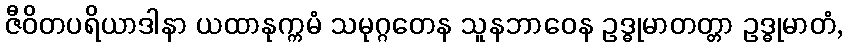
ဇီဝိတပရိယာဒါနာ ယထာနုက္ကမံ သမုဂ္ဂတေန သူနဘာဝေန ဥဒ္ဓုမာတတ္တာ ဥဒ္ဓုမာတံ,